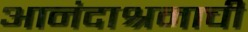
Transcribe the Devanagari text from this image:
आनंदाश्रमाची